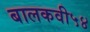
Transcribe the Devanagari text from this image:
बालकवी५४